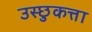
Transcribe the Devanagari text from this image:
उस्छुकत्ता